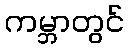
ကမ္ဘာတွင်